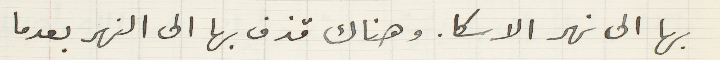
بها الى نهر الاسكا. وهناك قذف بها الى النهر بعدما